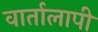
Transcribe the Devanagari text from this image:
वार्तालापी